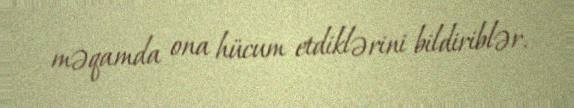
məqamda ona hücum etdiklərini bildiriblər.